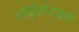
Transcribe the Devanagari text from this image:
आईज़ेनबर्ग